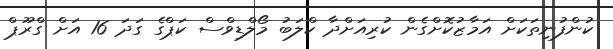
ކުންފުނިތަކަށް އަމާޒުކޮށްގެން ކުރިއަށްދާ ކްލަބު މޯލްޑިވްސް ކަޕްގެ ގަދަ 16 އަށް ގްރޫޕް